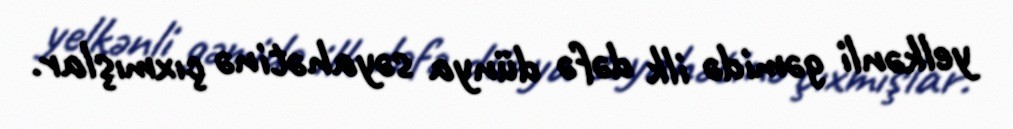
yelkənli gəmidə ilk dəfə dünya səyahətinə çıxmışlar.